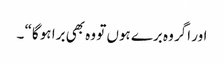
اور اگر وہ برے ہوں تو وہ بھی برا ہو گا“ ۔